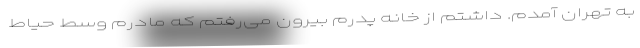
به تهران آمدم. داشتم از خانه پدرم بیرون می‌رفتم که مادرم وسط حیاط